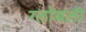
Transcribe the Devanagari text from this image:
ग्लोबली